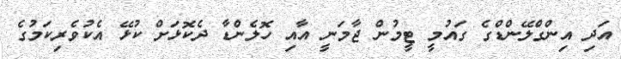
އަދި އިންގްލޭންޑްގެ ގައުމީ ޓީމުން ޖާމަނީ އާއި ހޮލެންޑާ ދެކޮޅަށް ކުޅޭ އެކުވެރިކަމުގެ